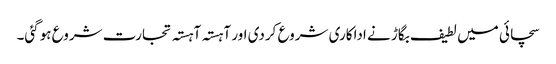
سچائی میں لطیف بگاڑ نے اداکاری شروع کردی اور آہستہ آہستہ تجارت شروع ہوگئی۔